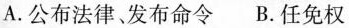
A.公布法律、发布命令 B.任免权